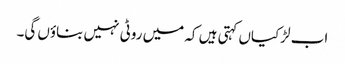
اب لڑکیاں کہتی ہیں کہ میں روٹی نہیں بناؤں گی۔